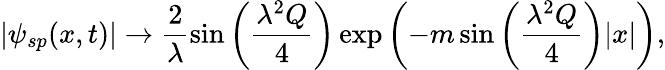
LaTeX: |\psi_{sp}(x,t)|\rightarrow\frac{2}{\lambda}\sin\left(\frac{\lambda^{2}Q}{4}\right)\exp\left(-m\sin\left(\frac{\lambda^{2}Q}{4}\right)|x|\right),